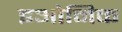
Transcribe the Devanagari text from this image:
इओनिक